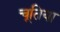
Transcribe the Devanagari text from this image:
चूतिया